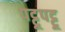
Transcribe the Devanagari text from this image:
पट्टूपट्टू